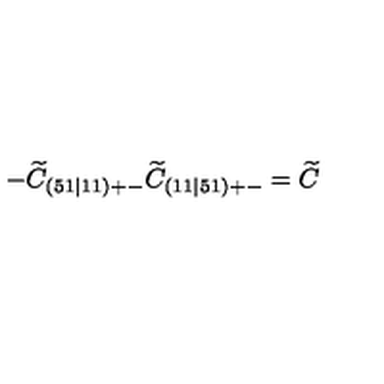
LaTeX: - \widetilde { C } _ { ( 5 1 \mid 1 1 ) + - } \widetilde { C } _ { ( 1 1 \mid 5 1 ) + - } = \widetilde { C }